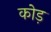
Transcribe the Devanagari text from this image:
कोड़